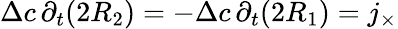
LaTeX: \Delta c\, \partial_{t}(2R_{2})=-\Delta c\, \partial_{t}(2R_{1})=j_{\times}